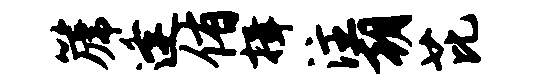
篪逢侑揖注朝芘